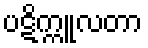
ပဋိက္ကူလတာ